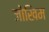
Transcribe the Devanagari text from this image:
जोखिम